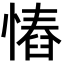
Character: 𢠅